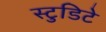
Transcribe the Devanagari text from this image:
स्टुडिटे